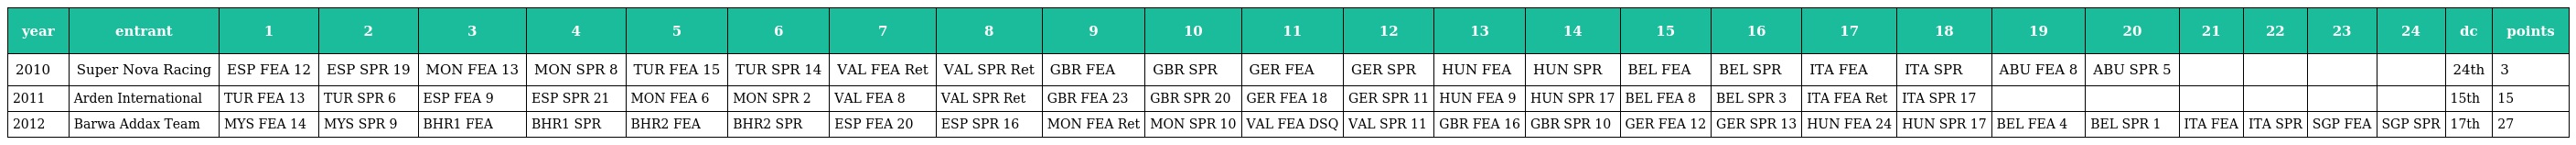
| year | entrant | 1 | 2 | 3 | 4 | 5 | 6 | 7 | 8 | 9 | 10 | 11 | 12 | 13 | 14 | 15 | 16 | 17 | 18 | 19 | 20 | 21 | 22 | 23 | 24 | dc | points |
 | --- | --- | --- | --- | --- | --- | --- | --- | --- | --- | --- | --- | --- | --- | --- | --- | --- | --- | --- | --- | --- | --- | --- | --- | --- | --- | --- | --- |
 | 2010 | Super Nova Racing | ESP FEA 12 | ESP SPR 19 | MON FEA 13 | MON SPR 8 | TUR FEA 15 | TUR SPR 14 | VAL FEA Ret | VAL SPR Ret | GBR FEA | GBR SPR | GER FEA | GER SPR | HUN FEA | HUN SPR | BEL FEA | BEL SPR | ITA FEA | ITA SPR | ABU FEA 8 | ABU SPR 5 |  |  |  |  | 24th | 3 |
 | 2011 | Arden International | TUR FEA 13 | TUR SPR 6 | ESP FEA 9 | ESP SPR 21 | MON FEA 6 | MON SPR 2 | VAL FEA 8 | VAL SPR Ret | GBR FEA 23 | GBR SPR 20 | GER FEA 18 | GER SPR 11 | HUN FEA 9 | HUN SPR 17 | BEL FEA 8 | BEL SPR 3 | ITA FEA Ret | ITA SPR 17 |  |  |  |  |  |  | 15th | 15 |
 | 2012 | Barwa Addax Team | MYS FEA 14 | MYS SPR 9 | BHR1 FEA | BHR1 SPR | BHR2 FEA | BHR2 SPR | ESP FEA 20 | ESP SPR 16 | MON FEA Ret | MON SPR 10 | VAL FEA DSQ | VAL SPR 11 | GBR FEA 16 | GBR SPR 10 | GER FEA 12 | GER SPR 13 | HUN FEA 24 | HUN SPR 17 | BEL FEA 4 | BEL SPR 1 | ITA FEA | ITA SPR | SGP FEA | SGP SPR | 17th | 27 |